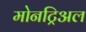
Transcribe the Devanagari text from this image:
मोनट्रिअल